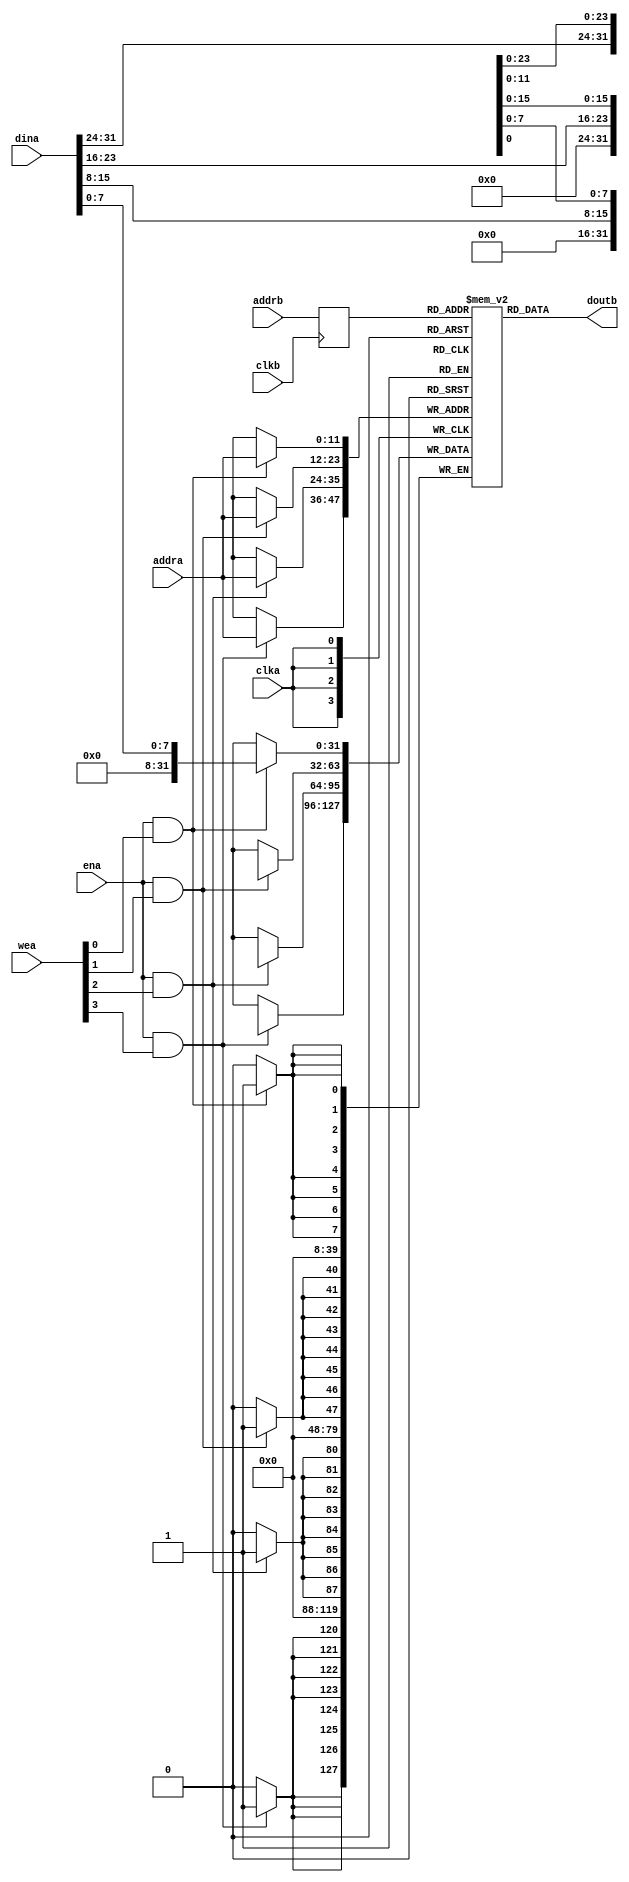
module dc_ram_blk_cm2(
	clka,
	ena,
	wea,
	addra,
	dina,
	clkb,
	addrb,
	doutb);


input clka;
input ena;
input [3 : 0] wea;
input [11 : 0] addra;
input [31 : 0] dina;
input clkb;
input [11 : 0] addrb;
output [31 : 0] doutb;

`ifdef BLK_MEM_GEN

// synthesis translate_off

      BLK_MEM_GEN_V3_1 #(
		.C_ADDRA_WIDTH(12),
		.C_ADDRB_WIDTH(12),
		.C_ALGORITHM(1),
		.C_BYTE_SIZE(8),
		.C_COMMON_CLK(0),
		.C_DEFAULT_DATA("0"),
		.C_DISABLE_WARN_BHV_COLL(0),
		.C_DISABLE_WARN_BHV_RANGE(0),
		.C_FAMILY("virtex5"),
		.C_HAS_ENA(1),
		.C_HAS_ENB(0),
		.C_HAS_INJECTERR(0),
		.C_HAS_MEM_OUTPUT_REGS_A(0),
		.C_HAS_MEM_OUTPUT_REGS_B(0),
		.C_HAS_MUX_OUTPUT_REGS_A(0),
		.C_HAS_MUX_OUTPUT_REGS_B(0),
		.C_HAS_REGCEA(0),
		.C_HAS_REGCEB(0),
		.C_HAS_RSTA(0),
		.C_HAS_RSTB(0),
		.C_INITA_VAL("0"),
		.C_INITB_VAL("0"),
		.C_INIT_FILE_NAME("no_coe_file_loaded"),
		.C_LOAD_INIT_FILE(0),
		.C_MEM_TYPE(1),
		.C_MUX_PIPELINE_STAGES(0),
		.C_PRIM_TYPE(1),
		.C_READ_DEPTH_A(4096),
		.C_READ_DEPTH_B(4096),
		.C_READ_WIDTH_A(32),
		.C_READ_WIDTH_B(32),
		.C_RSTRAM_A(0),
		.C_RSTRAM_B(0),
		.C_RST_PRIORITY_A("CE"),
		.C_RST_PRIORITY_B("CE"),
		.C_RST_TYPE("SYNC"),
		.C_SIM_COLLISION_CHECK("ALL"),
		.C_USE_BYTE_WEA(1),
		.C_USE_BYTE_WEB(1),
		.C_USE_DEFAULT_DATA(0),
		.C_USE_ECC(0),
		.C_WEA_WIDTH(4),
		.C_WEB_WIDTH(4),
		.C_WRITE_DEPTH_A(4096),
		.C_WRITE_DEPTH_B(4096),
		.C_WRITE_MODE_A("READ_FIRST"),
		.C_WRITE_MODE_B("READ_FIRST"),
		.C_WRITE_WIDTH_A(32),
		.C_WRITE_WIDTH_B(32),
		.C_XDEVICEFAMILY("virtex5"))
	inst (
		.CLKA(clka),
		.ENA(ena),
		.WEA(wea),
		.ADDRA(addra),
		.DINA(dina),
		.CLKB(clkb),
		.ADDRB(addrb),
		.DOUTB(doutb),
		.RSTA(),
		.REGCEA(),
		.DOUTA(),
		.RSTB(),
		.ENB(),
		.REGCEB(),
		.WEB(),
		.DINB(),
		.INJECTSBITERR(),
		.INJECTDBITERR(),
		.SBITERR(),
		.DBITERR(),
		.RDADDRECC());


// synthesis translate_on

`else

//
// Generic RAM's registers and wires
//
reg     [31:0]        mem [(1<<12)-1:0];              // RAM content

reg	[11:0]	addrb_reg;		// RAM address register


always @(posedge clkb)
	addrb_reg <= #1 addrb;
                                                                                                                                                                                                    
//
// Data output drivers
//
//wire [31 : 0] doutb_tmp;
//assign doutb = doutb_tmp;
//assign doutb = (1'b1) ? {mem_3[addrb], mem_2[addrb], mem_1[addrb], mem_0[addrb]} : {32{1'b0}};
//assign doutb = {mem_3[addrb], mem_2[addrb], mem_1[addrb], mem_0[addrb]};
assign doutb = mem[addrb_reg];
                                                                                                                                                                                                     
                                                                                                                                                                                                 
//
// RAM write byte 0
//
//always @(posedge clka)
//        if (ena && wea[0])
//                mem_0[addra] <= #1 dina[7:0];
                                                                                                                                                                                                     
//
// RAM write byte 1
//
//always @(posedge clka)
//        if (ena && wea[1])
//                mem_1[addra] <= #1 dina[15:8];
                                                                                                                                                                                                     
//
// RAM write byte 2
//
//always @(posedge clka)
//        if (ena && wea[2])
//                mem_2[addra] <= #1 dina[23:16];
                                                                                                                                                                                                     
//
// RAM write byte 3
//
//always @(posedge clka)
//        if (ena && wea[3])
//                mem_3[addra] <= #1 dina[31:24];

always @(posedge clka)
	begin
        if (ena && wea[0])
                mem[addra][7:0] <= #1 dina[7:0];
        if (ena && wea[1])
                mem[addra][15:8] <= #1 dina[15:8];
        if (ena && wea[2])
                mem[addra][23:16] <= #1 dina[23:16];
       if (ena && wea[3])
                mem[addra][31:24] <= #1 dina[31:24];
	end

`endif

endmodule